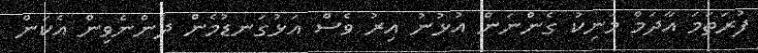
ފުރަތަމަ އާދަމް މަނިކު ގެންނަން އުޅުނު އިރު ވެސް އަޅުގަނޑުމެން ދެންނެވިން އެކަން